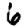
Digit: 6